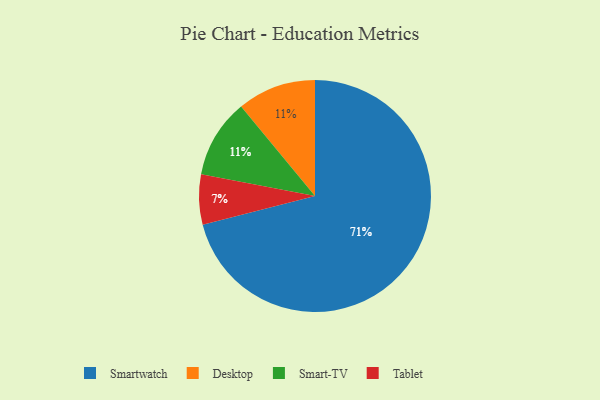
{"axis": {"x": "Category", "y": "Percentage"}, "legend": ["Desktop", "Smart-TV", "Smartwatch", "Tablet"], "data": [{"x": "Tablet", "y": 7, "type": "Tablet"}, {"x": "Desktop", "y": 11, "type": "Desktop"}, {"x": "Smart-TV", "y": 11, "type": "Smart-TV"}, {"x": "Smartwatch", "y": 71, "type": "Smartwatch"}]}